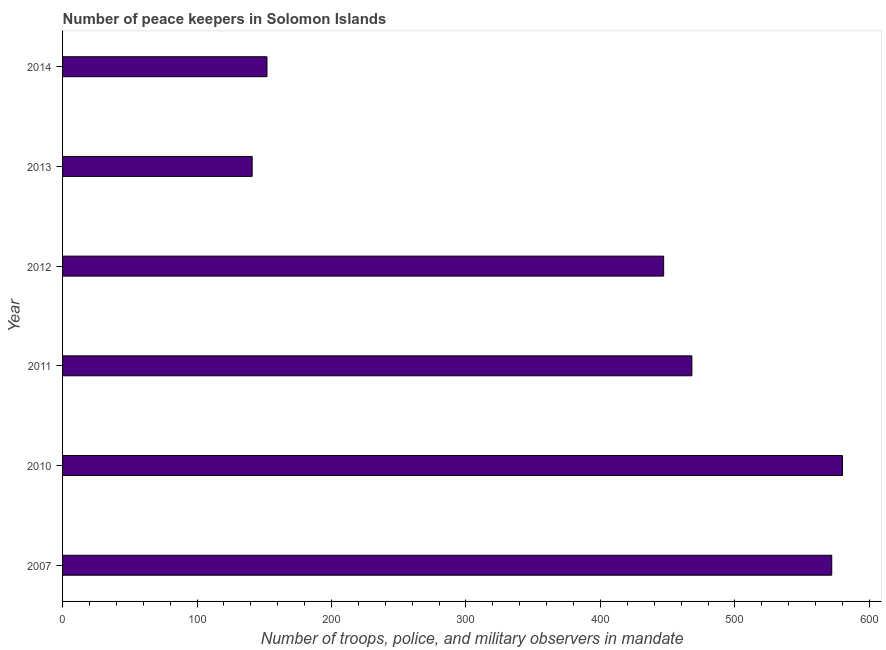
| Year | Presence of peace keepers |
 | --- | --- |
 | 2007 | 572 |
 | 2010 | 580 |
 | 2011 | 468 |
 | 2012 | 447 |
 | 2013 | 141 |
 | 2014 | 152 |